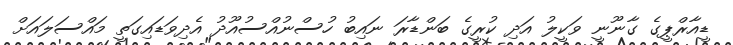
ޑީއާރްޕީގެ ގާނޫނީ ވަކީލު އަދި ކުރީގެ ބަންޑާރަ ނައިބު ހުސްނުއްސުއޫދު އެދިވަޑައިގަތީ މައްސަލައަށް